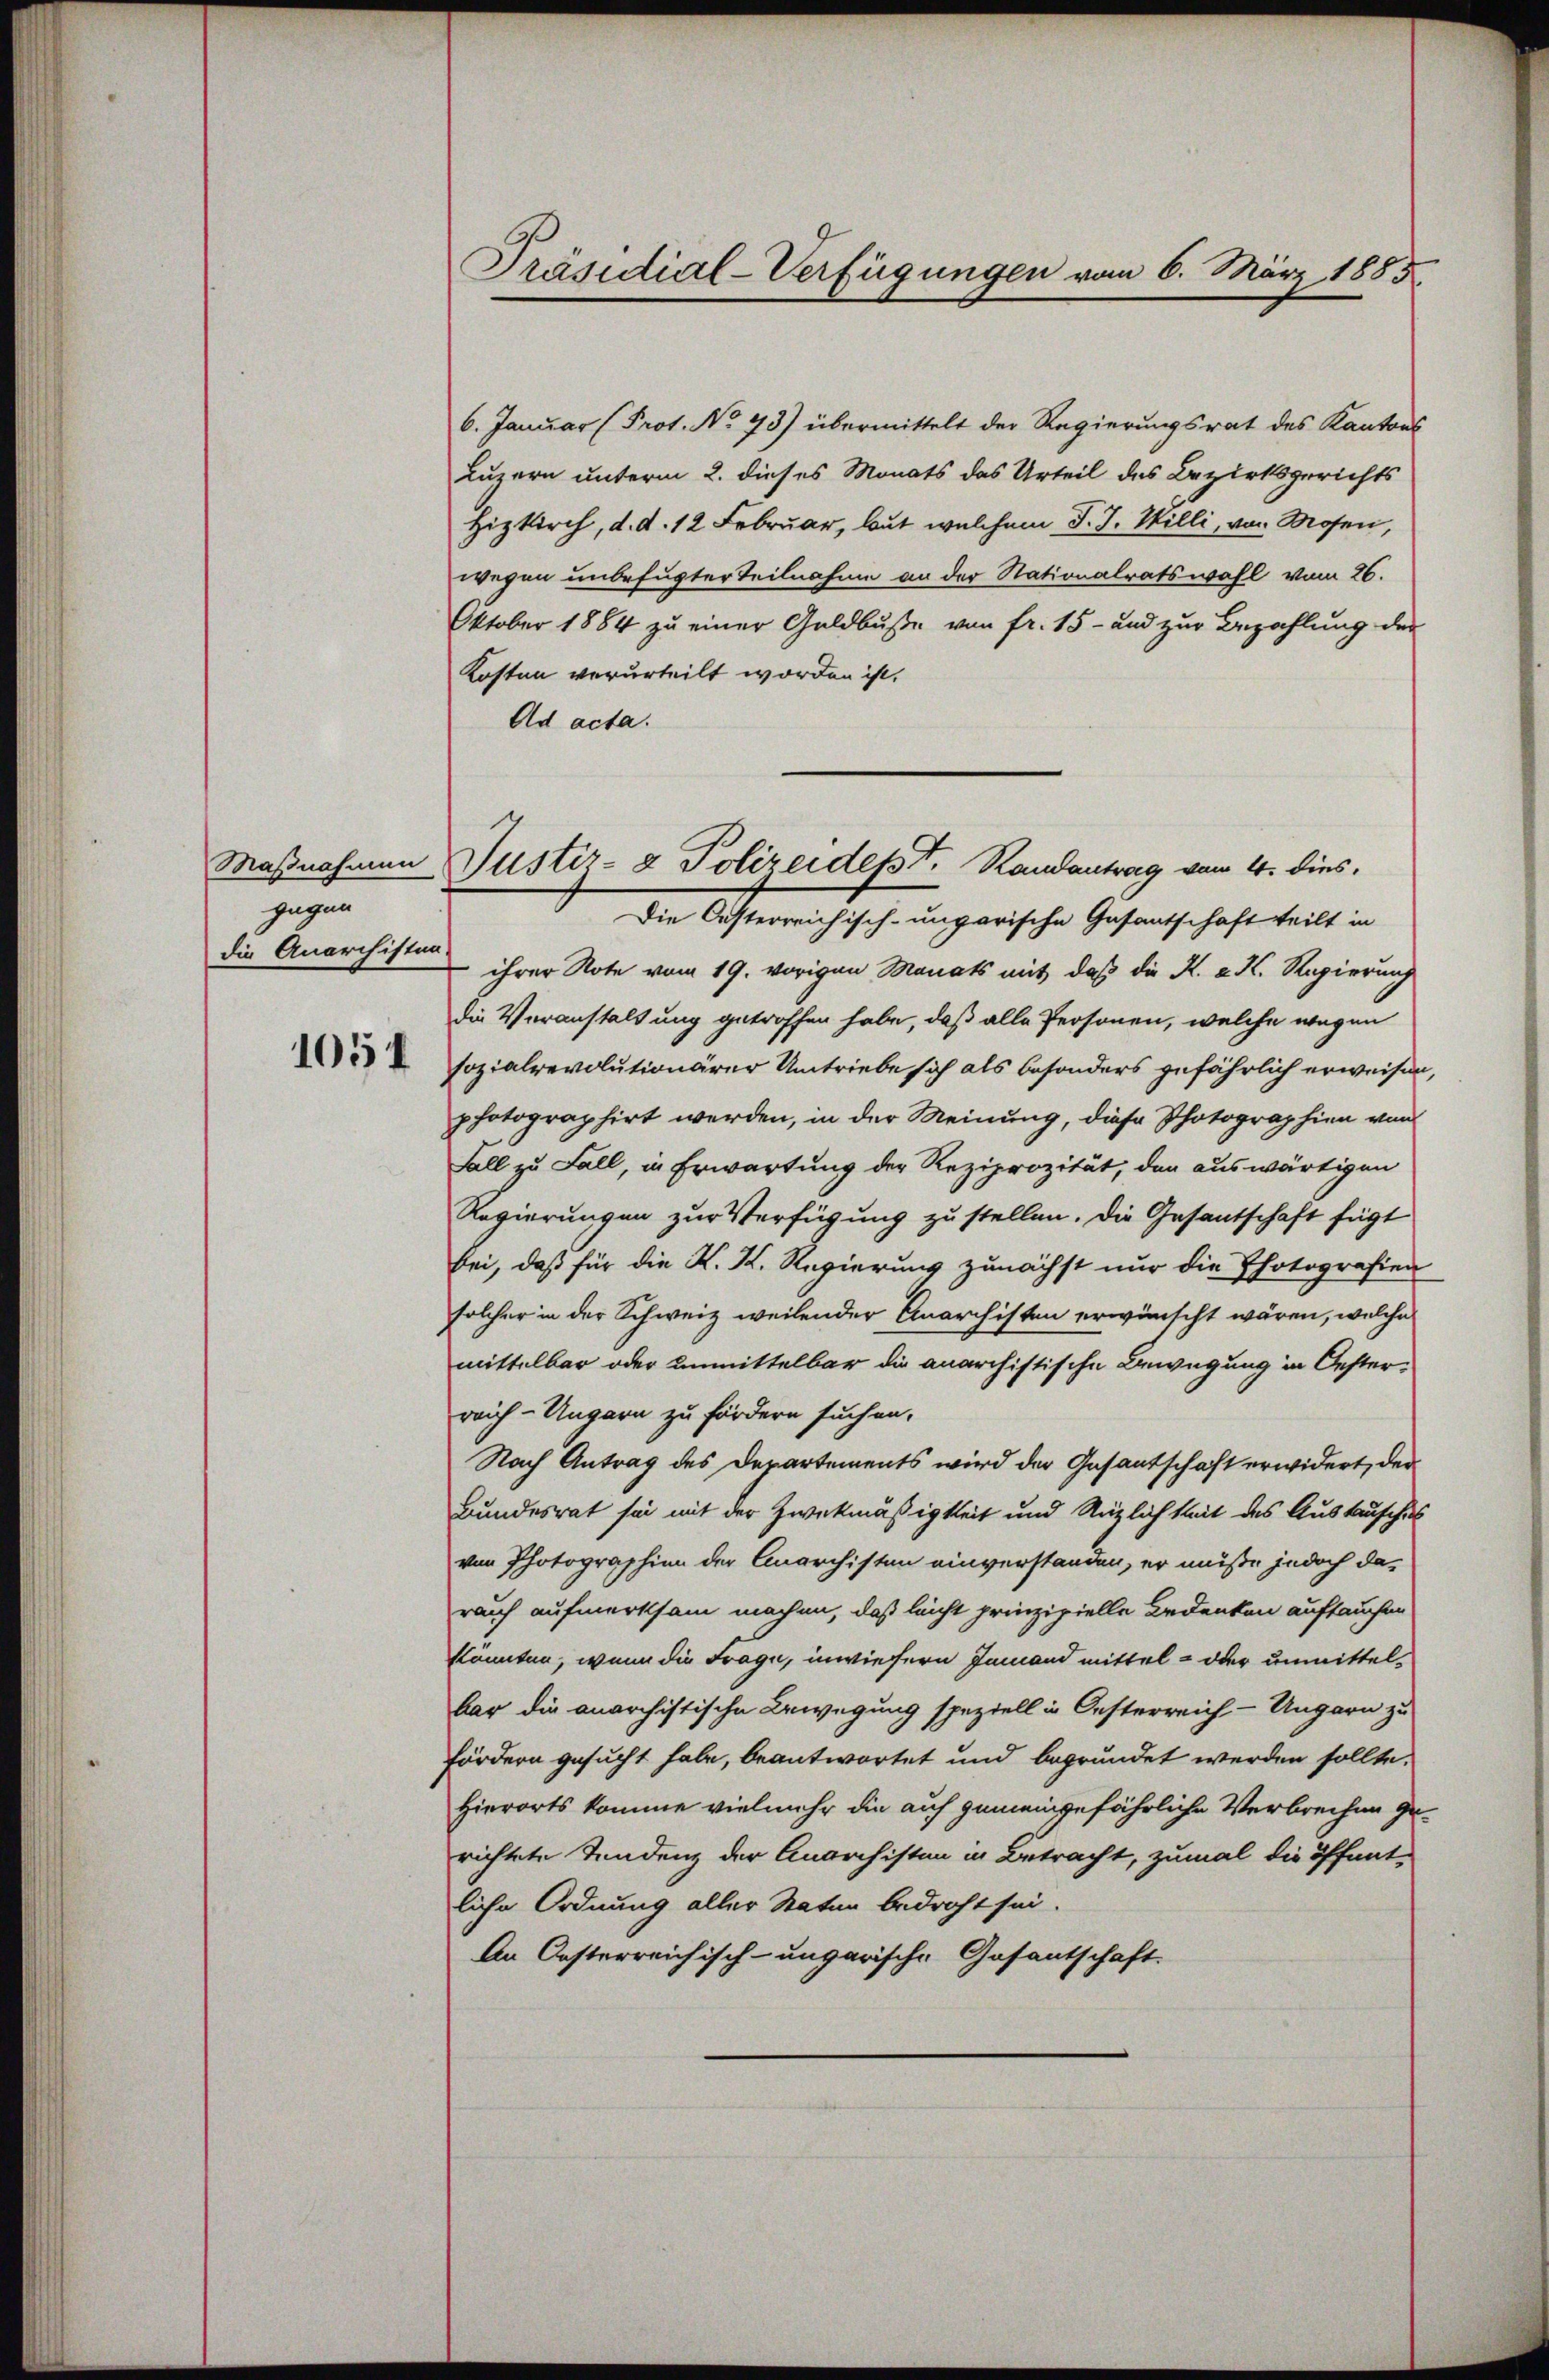
gegen
die Anarchisten-

1054

6. Januar (Prot. No 93) übermittelt der Regierungsrat des Kantons
Luzern unterm 2. dieses Monats das Urteil des Bezirksgerichts
Hizkirch, d. d. 12 Februar, but welchem J. J. Willi, von Mosen,
wegen unbefugter Teilnahme an der Stationalratswahl vom 26.
Oktober 1884 zu einer Geldbuße von fr. 15- und zur Bezahlung der
Kosten verurteilt worden ist.
Ad acta.
Die Oesterreichisch-ungarische Gasantschaft teilt in
ihrer Note vom 19. vorigen Manats mit daß die K. K. K. Regierung
die Veranstaltung getroffen habe, daß alle Personen, welche wegen
sozialrevolutionärer Umtriebe sich als besonders gefährlich erweisen
photographirt werden, in der Meinung, diese Photographien von
Fall zu Fall, in Erwartung der Reziprozität, den auswärtigen
Regierungen zur Verfügung zu stellen. Die Gesantschaft fügt
bei, daß für die K. K. Regierung zunächst nur die Photografien
solcher in der Schweiz weilender Anarchisten erwünscht wären, welche
mittelbar oder unmittelbar die anarchistische Bewegung in Oesterreich - Ungarn zu fördern suchen.
Nach Antrag des Departements wird der Gasantschaft erwidert, der
Bundesrat sei mit der Zweckmäßigkeit und Näzlichkeit des Austausches
von Photographien der Anarchisten einverstanden, er müße jedoch darauch aufmerksam machen, daß leicht prinzipielle Bedenken auftauchen
könnten, wenn die Frage, inwiefern Jemand mittel- oder unmittelbar die anarchistische Bewegung speziell in Oesterreich - Ungarn zu
fördern gesucht habe, beantwortet und begründet werden sollte.
Hierorts komme vielmehr die auf gemeingefährliche Verbrechen gerichtete Tendenz der Anarchisten in Betracht, zumal die öffent-
liche Ordnung aller Statur bedroht sei.
An Oesterreichisch-ungarische Gasantschaft.

Präsidial-Verfügungen vom 6. März 1855.

Maßnahmen Justiz- & Polizeidesst. Randantrag von 4. dies